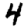
Digit: 4